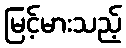
မြင့်မားသည့်